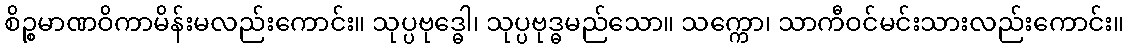
စိဉ္စမာဏဝိကာမိန်းမလည်းကောင်း။ သုပ္ပဗုဒ္ဓေါ၊ သုပ္ပဗုဒ္ဓမည်သော။ သက္ကော၊ သာကီဝင်မင်းသားလည်းကောင်း။